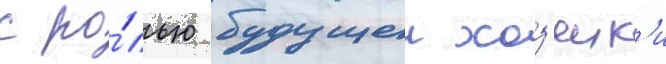
с ро́лью будущеи хоз'яик'и